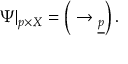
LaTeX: \Psi | _ { p \times X } = \left( \O \to \underline { { { \O _ { p } } } } \right) .